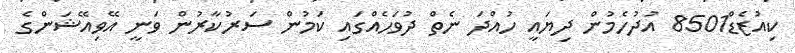
ކިއުޒެޑް8501 އުދުހެމުން ދިޔައީ ހުއްދަ ނެތް ދުވަހެއްގައި ކަމުން ސަރުކާރުން ވަނީ އޭވިއޭޝަންގެ